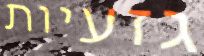
גזעיות